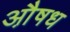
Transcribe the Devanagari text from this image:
औ़षध